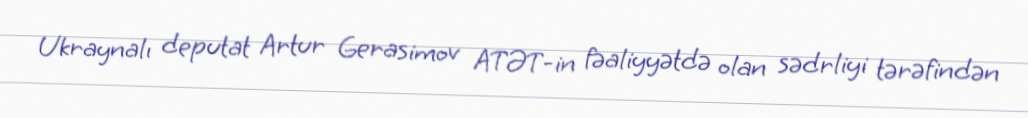
Ukraynalı deputat Artur Gerasimov ATƏT-in fəaliyyətdə olan sədrliyi tərəfindən